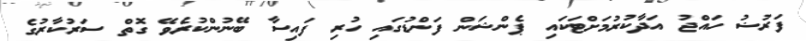
ފަރުޟު ހައްޖު އަދާކުރުމަށްޓަކައި ޕެންޝަން ފަންޑުގައި ހުރި ފައިސާ ބޭނުންކުރެވޭ ގޮތް ސަރުކާރުގެ